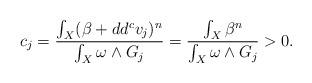
LaTeX: \begin{align*}c_j = \frac{\int_X (\beta + dd^c v_j)^n}{\int_X \omega \wedge G_j} = \frac{\int_X \beta^n}{\int_X \omega \wedge G_j}>0.\end{align*}